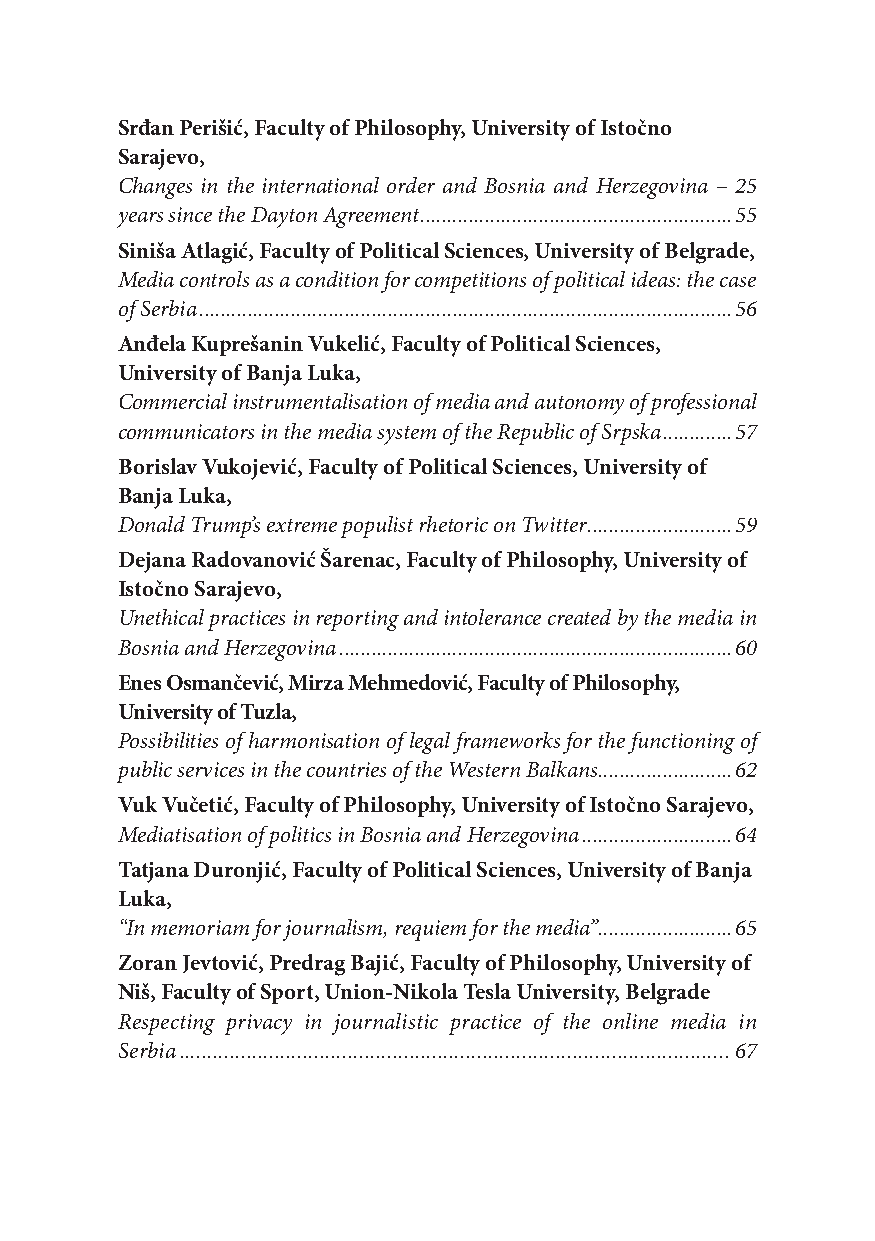
Srđan Perišić, Faculty of Philosophy, University of Istočno
 Sarajevo,
 Changes in the international order and Bosnia and Herzegovina – 25
 years since the Dayton Agreement ..........................................................55
 Siniša Atlagić, Faculty of Political Sciences, University of Belgrade,
 Media controls as a condition for competitions of political ideas: the case
 of Serbia ...................................................................................................56
 Anđela Kuprešanin Vukelić, Faculty of Political Sciences,
 University of Banja Luka,
 Commercial instrumentalisation of media and autonomy of professional
 communicators in the media system of the Republic of Srpska .............57
 Borislav Vukojević, Faculty of Political Sciences, University of
 Banja Luka,
 Donald Trump’s extreme populist rhetoric on Twitter ...........................59
 Dejana Radovanović Šarenac, Faculty of Philosophy, University of
 Istočno Sarajevo,
 Unethical practices in reporting and intolerance created by the media in
 Bosnia and Herzegovina .........................................................................60
 Enes Osmančević, Mirza Mehmedović, Faculty of Philosophy,
 University of Tuzla,
 Possibilities of harmonisation of legal frameworks for the functioning of
 public services in the countries of the Western Balkans .........................62
 Vuk Vučetić, Faculty of Philosophy, University of Istočno Sarajevo,
 Mediatisation of politics in Bosnia and Herzegovina ............................64
 Tatjana Duronjić, Faculty of Political Sciences, University of Banja
 Luka,
 “In memoriam for journalism, requiem for the media”.........................65
 Zoran Jevtović, Predrag Bajić, Faculty of Philosophy, University of
 Niš, Faculty of Sport, Union-Nikola Tesla University, Belgrade
 Respecting privacy in journalistic practice of the online media in
 Serbia ..................................................................................................67